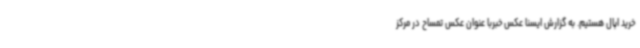
خرید اپال هستیم. به گزارش ایسنا عکس خبربا عنوان عکس تمساح در مرکز